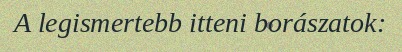
A legismertebb itteni borászatok: